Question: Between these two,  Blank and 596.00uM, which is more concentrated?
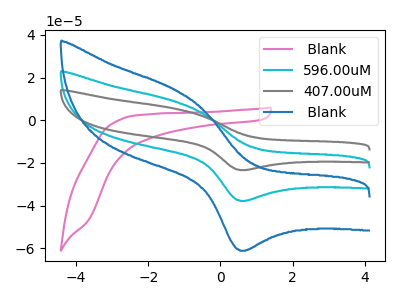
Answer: <think>The pink curve " Blank" has no peaks. The cyan curve "596.00uM" has an anodic peak at (-1.25V, 8.85uA) and a cathodic peak at (0.60V, -37.80uA). The gray curve "407.00uM" has an anodic peak at (-1.25V, 17.70uA) and a cathodic peak at (0.60V, -75.55uA). The blue curve " Blank" has an anodic peak at (-1.25V, 14.30uA) and a cathodic peak at (0.60V, -61.15uA).
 All the peaks in " Blank" have a peak in "596.00uM" at the same potential. Every peak in " Blank" is higher than every peak in "596.00uM".</think>
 <answer>" Blank" has more signal than "596.00uM" and so likely has a higher concentration.</answer>
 <eval>more_concentration</eval>